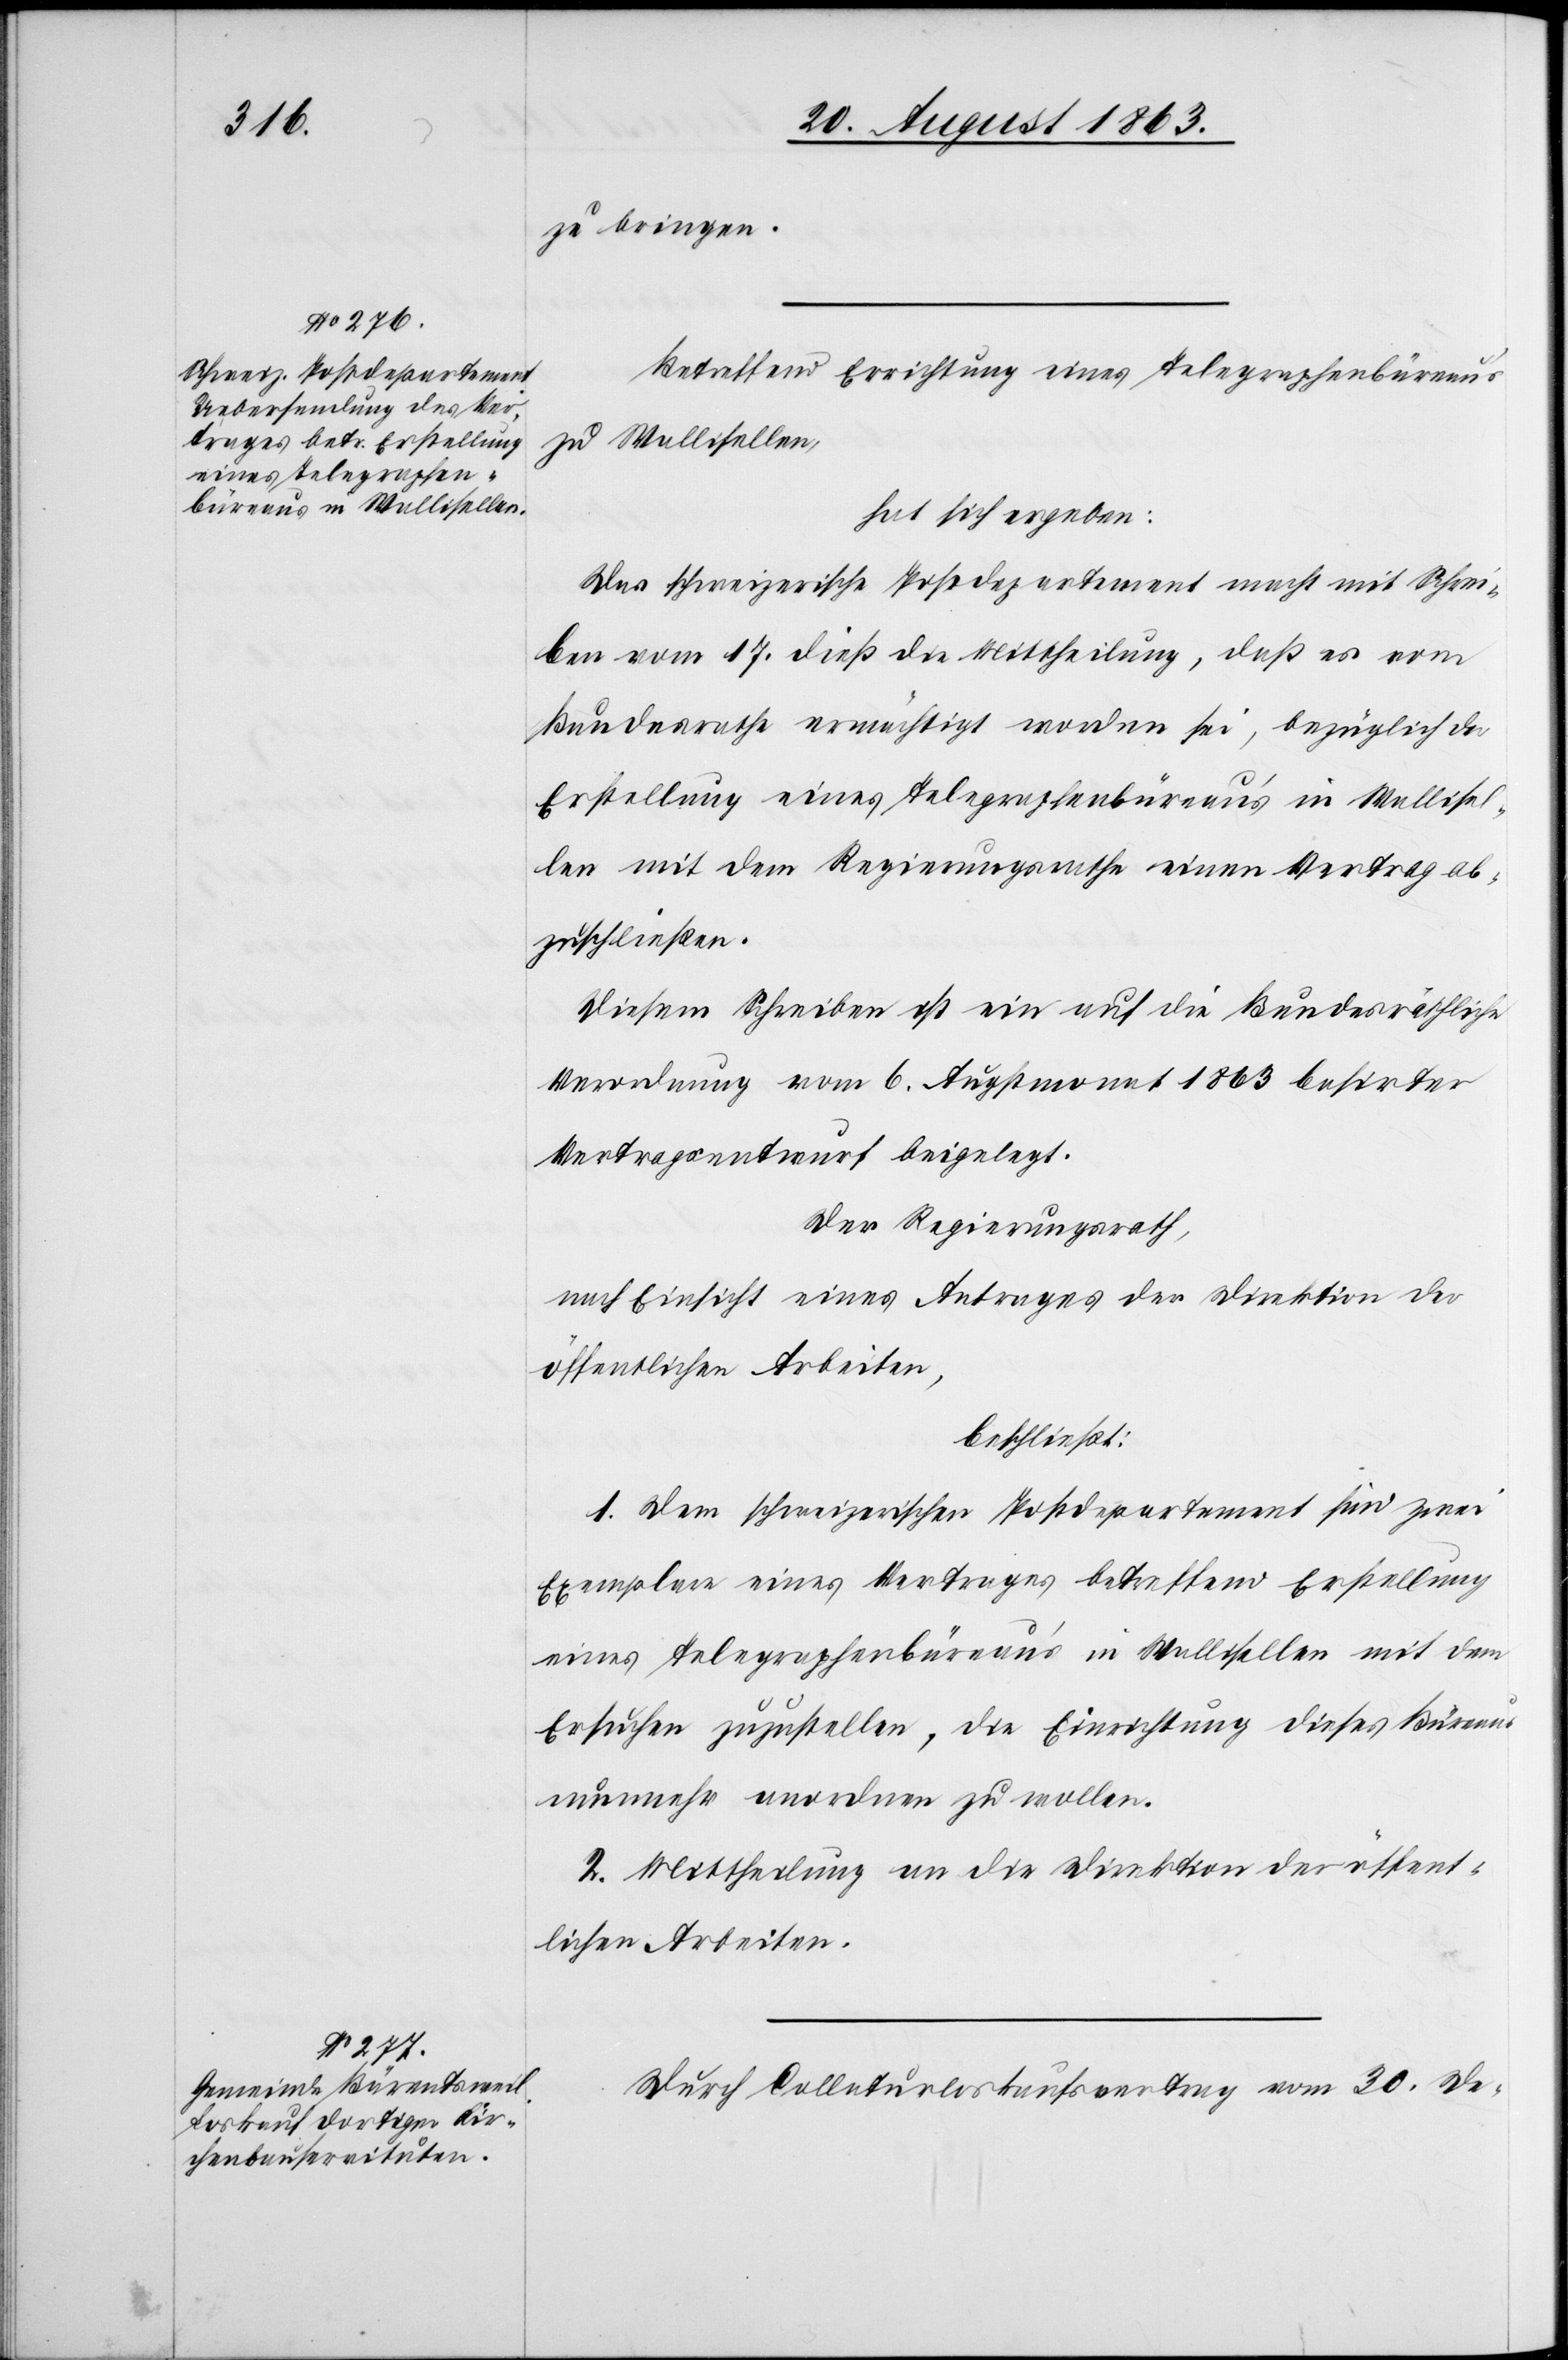
zu bringen.
Betreffend Errichtung eines Telegraphenbüreau's
zu Wallisellen,
hat sich ergeben:
Das schweizerischen Postdepartement macht mit Schrei¬
ben vom 17. dieß die Mittheilung, daß es vom
Bundesrathe ermächtigt worden sei, bezüglich der
Erstellung eines Telegraphenbüreau's in Wallisel¬
len mit dem Regierungsrathe einen Vertrag ab¬
zuschließen.
Diesem Schreiben ist ein auf die Bundesräthliche
Verordnung vom 6. Augstmonat 1863 basirter
Vertragsentwurf beigelegt.
Der Regierungsrath,
nach Einsicht eines Antrages der Direktion der
öffentlichen Arbeiten,
beschließt:
1. Dem schweizerischen Postdepartement sind zwei
Exemplare eines Vertrages betreffend Erstellung
eines Telegraphenbüreau's in Wallisellen mit dem
Ersuchen zuzustellen, die Einrichtung dieses Büreaus
nunmehr anordnen zu wollen.
2. Mittheilung an die Direktion der öffent¬
lichen Arbeiten.
Durch Collaturloskaufsvertrag vom 30. De-